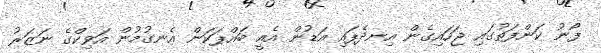
ފޯނު ކަންފަތުގައި ޖަހައިގެން އިނދެފައި އަޑުން އެއީ ބައްޕަކަން އެނގުމުން އަވިކްގެ ނަޒަރު